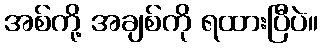
အစ်ကို့ အချစ်ကို ရထားပြီပဲ။